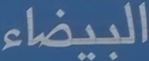
البيضاء